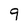
Character: 9